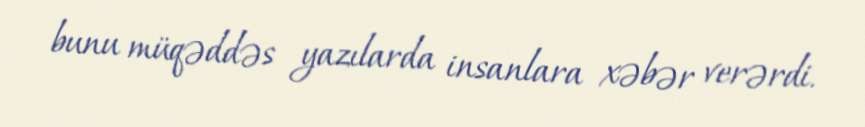
bunu müqəddəs yazılarda insanlara xəbər verərdi.